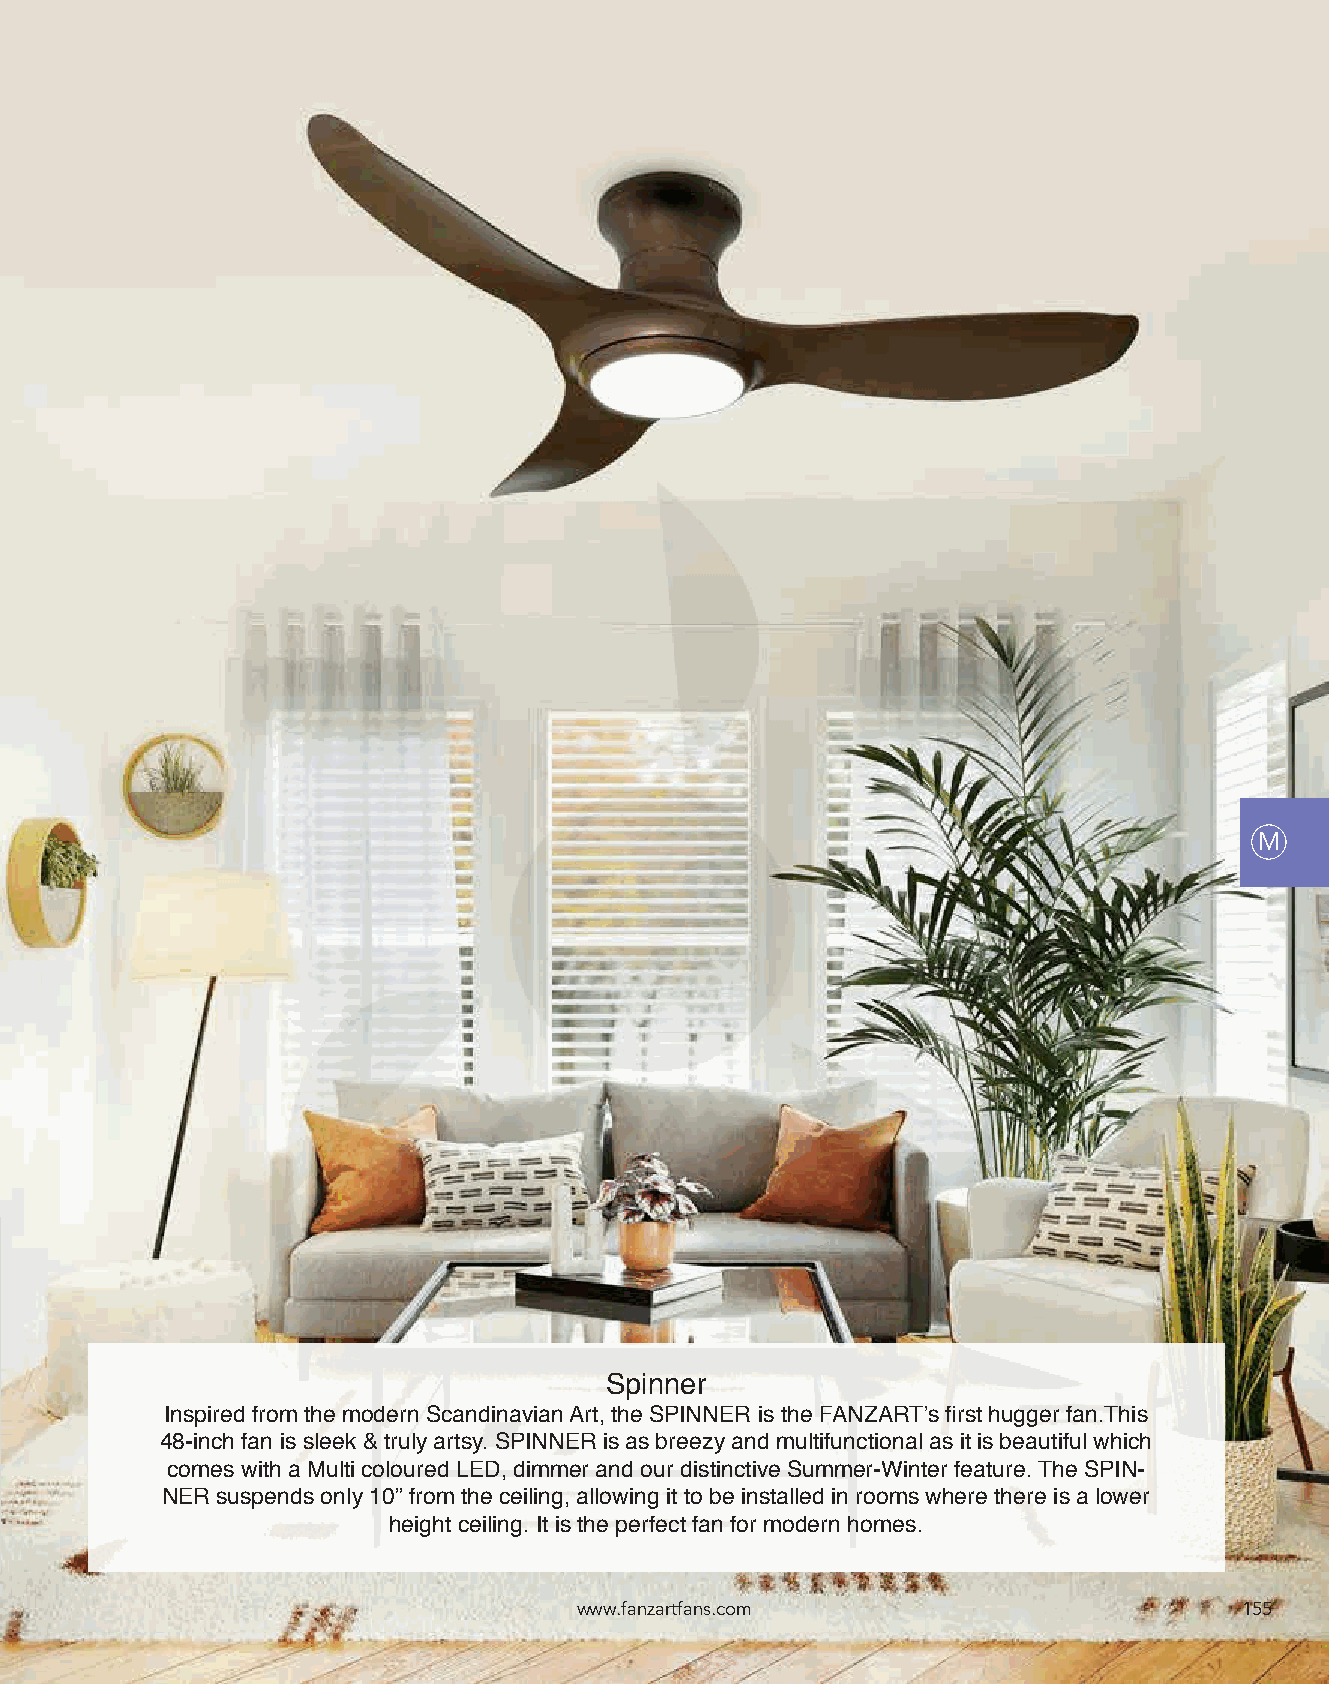
M
 Spinner
 Inspired from the modern Scandinavian Art, the SPINNER is the FANZART’s first hugger fan.This
 48-inch fan is sleek & truly artsy. SPINNER is as breezy and multifunctional as it is beautiful which
 comes with a Multi coloured LED, dimmer and our distinctive Summer-Winter feature. The SPIN-
 NER suspends only 10” from the ceiling, allowing it to be installed in rooms where there is a lower
 height ceiling. It is the perfect fan for modern homes.
 www.fanzartfans.com                         155